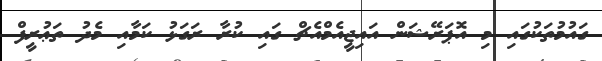
ގައުމުތަކުގައި މި އޮޕަރޭޝަން އައިޖީއެމްއެޗް ގައި ކުރާ ރަގަޅު ކަމާއި މެދު ތަޢުރީފް